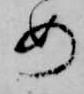
め